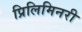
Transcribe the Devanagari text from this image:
प्रिलिमिनरी